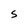
Character: S